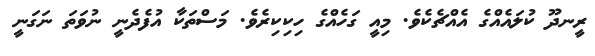
ރީނދޫ ކުލައެއްގެ އެއްޗެކެވެ. މިއީ ގަހެއްގެ ހިކިކިރެވެ. މަސްތަކާ އުފެދެނީ ނުވަތަ ނަގަނީ